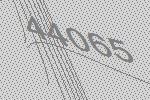
44065